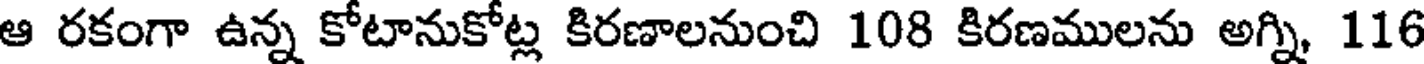
ఆ రకంగా ఉన్న కోటానుకోట్ల కిరణాలనుంచి 108 కిరణములను అగ్ని, 116